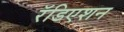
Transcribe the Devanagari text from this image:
रॅडिएशन